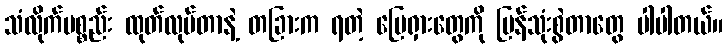
သံလိုက်ပစ္စည်း ထုတ်လုပ်တာနဲ့ တခြားက ရတဲ့ မြေရှားတွေကို ပြန်သုံးစွဲတာတွေ ပါပါတယ်။